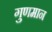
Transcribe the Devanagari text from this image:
गुणमान